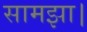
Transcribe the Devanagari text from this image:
सामझा।